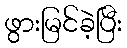
ဖွားမြင်ခဲ့ပြီး